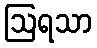
ဩရသာ